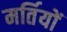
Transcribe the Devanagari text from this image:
मर्तियों